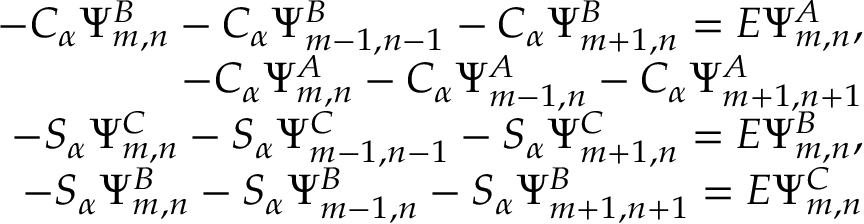
\begin{array} { r l r } & { } & { - C _ { \alpha } \Psi _ { m , n } ^ { B } - C _ { \alpha } \Psi _ { m - 1 , n - 1 } ^ { B } - C _ { \alpha } \Psi _ { m + 1 , n } ^ { B } = E \Psi _ { m , n } ^ { A } , } \\ & { } & { - C _ { \alpha } \Psi _ { m , n } ^ { A } - C _ { \alpha } \Psi _ { m - 1 , n } ^ { A } - C _ { \alpha } \Psi _ { m + 1 , n + 1 } ^ { A } } \\ & { } & { - S _ { \alpha } \Psi _ { m , n } ^ { C } - S _ { \alpha } \Psi _ { m - 1 , n - 1 } ^ { C } - S _ { \alpha } \Psi _ { m + 1 , n } ^ { C } = E \Psi _ { m , n } ^ { B } , } \\ & { } & { - S _ { \alpha } \Psi _ { m , n } ^ { B } - S _ { \alpha } \Psi _ { m - 1 , n } ^ { B } - S _ { \alpha } \Psi _ { m + 1 , n + 1 } ^ { B } = E \Psi _ { m , n } ^ { C } } \end{array}